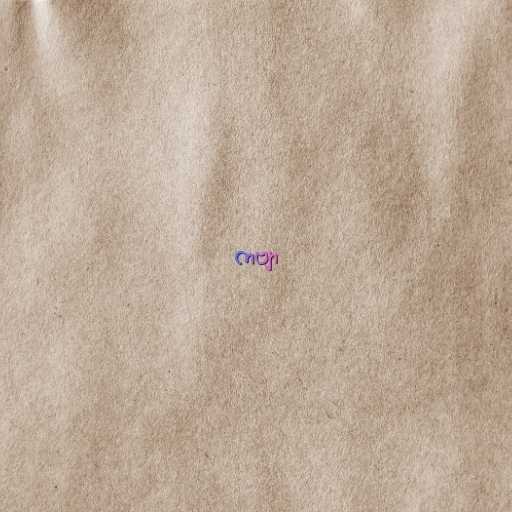
ကဗျာ